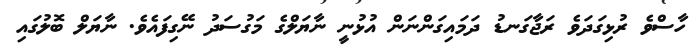
ހާސްވެ ރުޅިގަދަވެ ރަޖާގަނޑު ދަމައިގަންނަން އުޅުނީ ނާޔަލްގެ މަގުސަދު ނޭގިފައެވެ. ނާޔަލް ބޮލުގައި